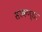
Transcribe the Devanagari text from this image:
सरकण्डा